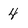
Character: 4